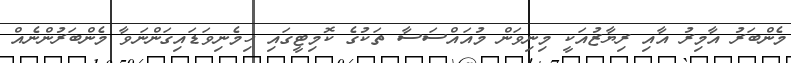
މެންބަރު އާމިރު އާއި ރިޔާޒުއަކީ މިނިވަން މުއައްސަސާ ތަކުގެ ކޮމިޓީގައި ހިމެނިވަޑައިގަންނަވާ މެންބަރުންނެއް